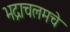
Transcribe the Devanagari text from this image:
भद्राचलमचे